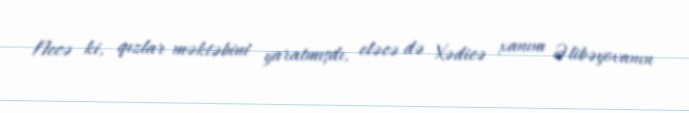
Necə ki, qızlar məktəbini yaratmışdı, eləcə də Xədicə xanım Əlibəyovanın